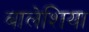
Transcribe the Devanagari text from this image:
बालेशिया